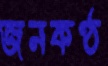
জনকণ্ঠ